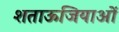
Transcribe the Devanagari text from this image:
शताऊजियाओं